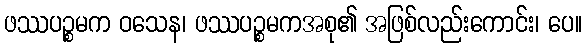
ဖဿပဉ္စမက ဝသေန၊ ဖဿပဉ္စမကအစု၏ အဖြစ်လည်းကောင်း၊ ပေ။